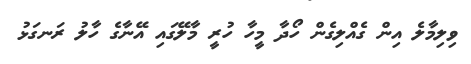
ވިލިމާލެ އިން ގެއްލިގެން ހޯދާ މީހާ ހުރީ މާލޭގައި އޭނާގެ ހާލު ރަނގަޅު